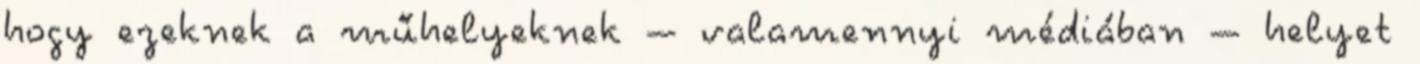
hogy ezeknek a műhelyeknek – valamennyi médiában – helyet